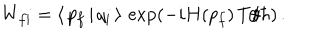
W _ { f i } = \langle \, p _ { f } \, | \, q _ { i } \, \rangle \, \exp \left( - i H ( p _ { f } ) \, T / \hbar \right) \, .